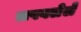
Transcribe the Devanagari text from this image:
लपवलेले